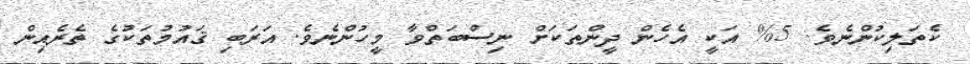
ކެތަލިކުންނެވެ. 5% އަކީ އެހެން ދީންތަކަށް ނިސްބަތްވާ މީހުންނެވެ. އަރަބި ޤައުމުތަކުގެ ތެރެއިން